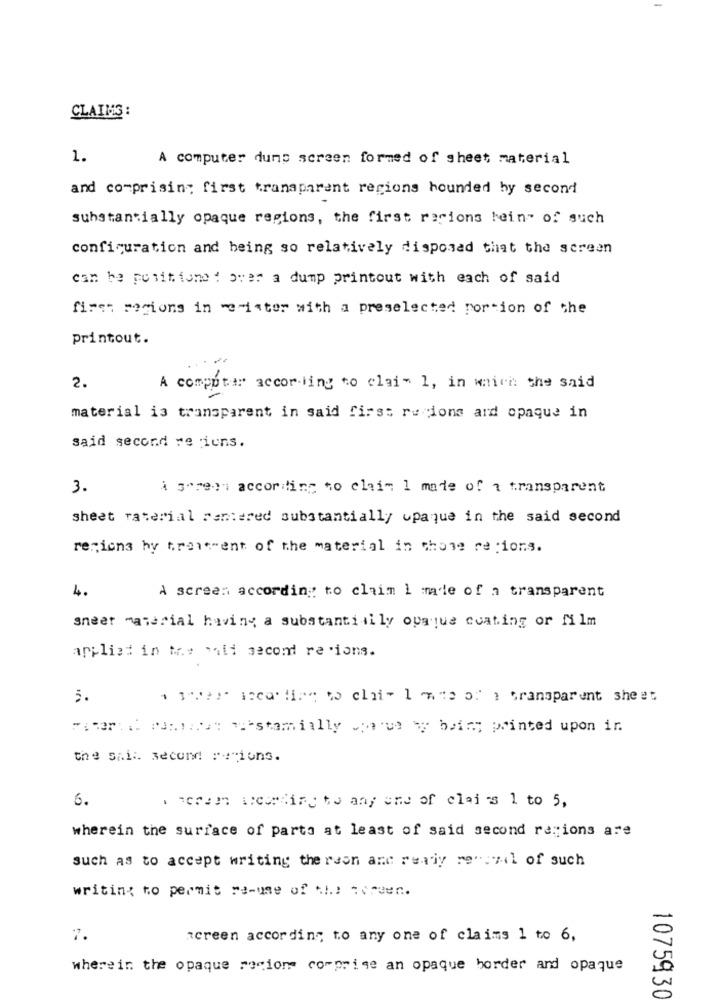
CLAIMS :
1.
A computer dump screen formed of sheet material
and co-prising first transparent regions hounded hy second
substantially opaque regions, the first racions hein" of such
configuration and being so relatively disposed that the screen
can be positione : over a dump printout with each of said
fires recions in -e-inter with a preselected portion of the
printout.
2.
A computer according to claim 1, in which the said
material is transparent in said first recions ard opaque in
said second re iuns.
3.
A gameon according to claim I made of a transparent
sheet raterial centered substantially upaque in the said second
recions hy treatment of the material in those re :ions.
4.
A screen according to claim I made of a transparent
sneer material having a substantially opaque coating or film
applied in Me hali second re .ions.
ToPer iccotise to chair I mie or a transparent sheet
Poterti Painter questamially chave by being printed upon in.
the sail. second recions.
6.
herein werking to any one of clairs 1 to 5,
wherein the surface of parts at least of said second regions are
such as to accept writing the reon and ready recueil of such
writing to permit re-use of the torden.
7.
screen according to any one of claims 1 to 6,
wherein the opaque racion comprise an opaque border and opaque
1075930